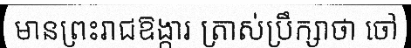
មានព្រះរាជឱង្ការ ត្រាស់ប្រឹក្សាថា ចៅ